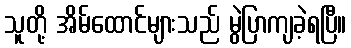
သူတို့ အိမ်ထောင်များသည် မွဲပြာကျခဲ့ရပြီ။